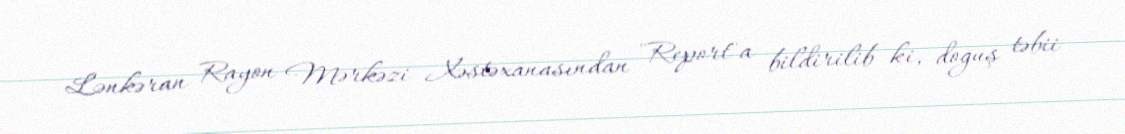
Lənkəran Rayon Mərkəzi Xəstəxanasından "Report"a bildirilib ki, doğuş təbii